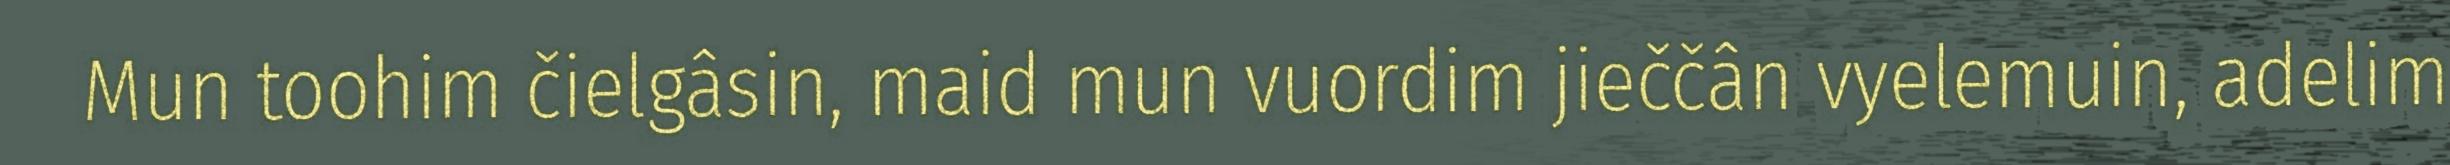
Mun toohim čielgâsin, maid mun vuordim jieččân vyelemuin, adelim